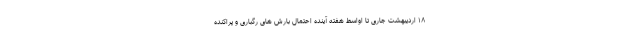
۱۸ اردیبهشت جاری تا اواسط هفته آینده احتمال بارش های رگباری و پراکنده